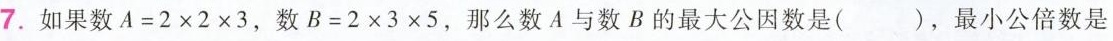
7.如果数A=2×2×3，数B=2×3×5，那么数A与数B的最大公因数是()，最小公倍数是